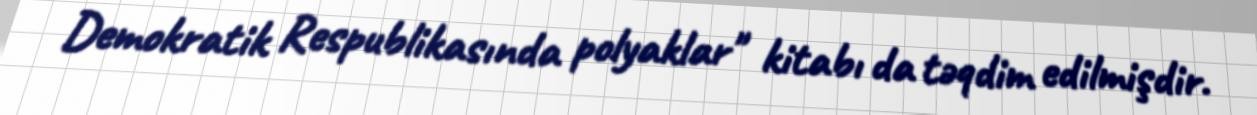
Demokratik Respublikasında polyaklar" kitabı da təqdim edilmişdir.